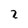
Character: 2